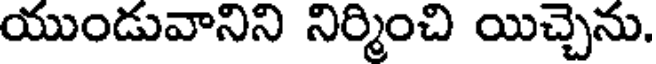
యుండువానిని నిర్మించి యిచ్చెను.